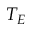
T _ { E }